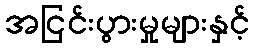
အငြင်းပွားမှုများနှင့်